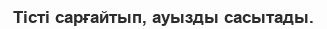
Тісті сарғайтып, ауызды сасытады.